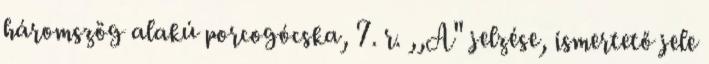
háromszög alakú porcogócska, 7. r. ,,A" jelzése, ismertető jele